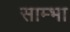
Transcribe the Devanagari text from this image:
साम्भा